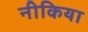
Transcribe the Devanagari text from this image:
नीकिया